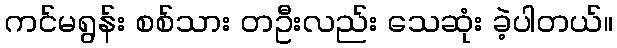
ကင်မရွန်း စစ်သား တဦးလည်း သေဆုံး ခဲ့ပါတယ်။